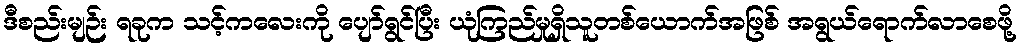
ဒီစည်းမျဉ်း ရခုက သင့်ကလေးကို ပျော်ရွင်ပြီး ယုံကြည်မှုရှိသူတစ်ယောက်အဖြစ် အရွယ်ရောက်လာစေဖို့